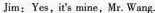
Jim: Yes , it's mine, Mr. Wang.